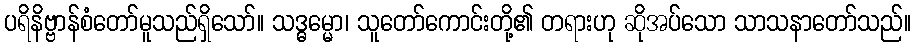
ပရိနိဗ္ဗာန်စံတော်မူသည်ရှိသော်။ သဒ္ဓမ္မော၊ သူတော်ကောင်းတို့၏ တရားဟု ဆိုအပ်သော သာသနာတော်သည်။